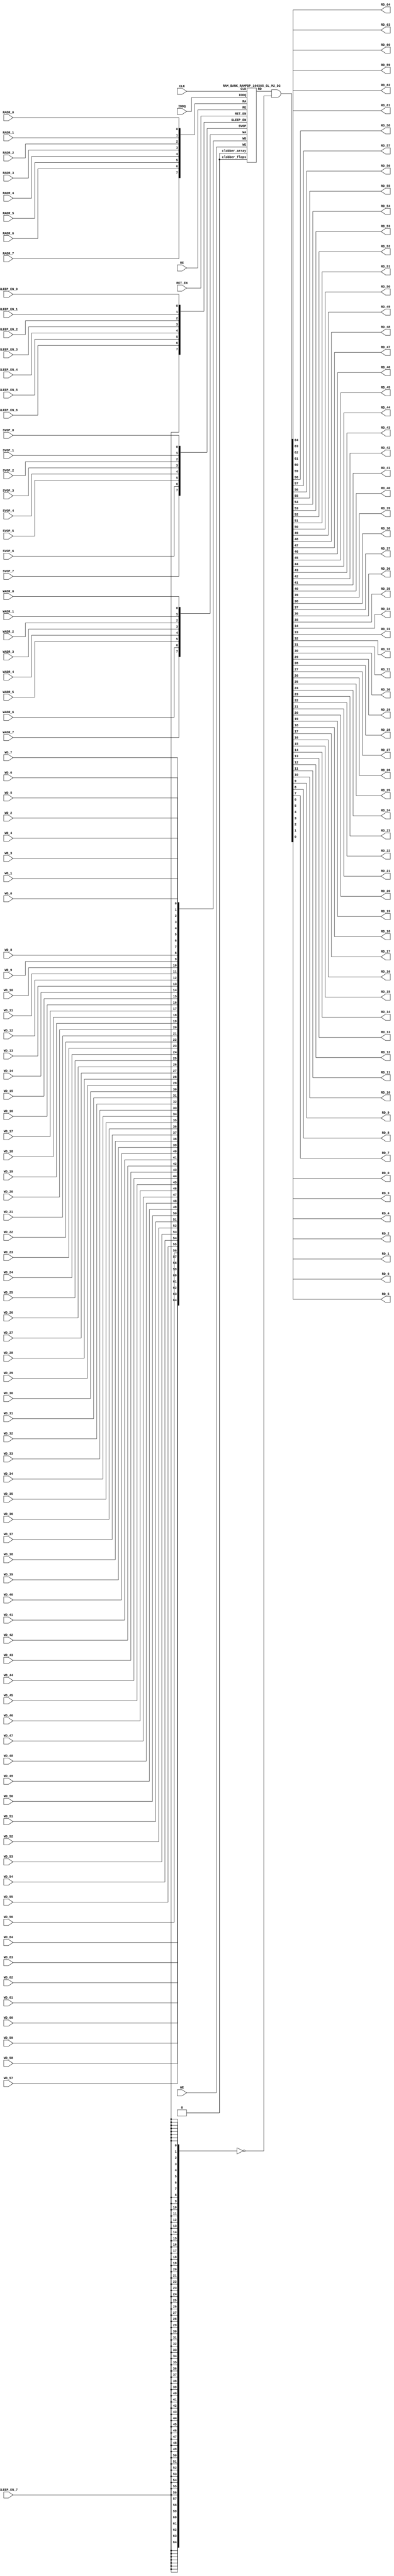
// ================================================================
// NVDLA Open Source Project
// 
// Copyright(c) 2016 - 2017 NVIDIA Corporation.  Licensed under the
// NVDLA Open Hardware License; Check "LICENSE" which comes with 
// this distribution for more information.
// ================================================================


`ifdef EMULATION
	`define SYNTHESIS
`endif

`ifndef SYNTHESIS
	`ifdef FAULT_INJECTION
		`define SIM_and_FAULT
	`endif
`endif

`ifndef SYNTHESIS
	`ifdef MONITOR
		`define SIM_and_MONITOR
	`endif
`endif


`ifndef SYNTHESIS 
`timescale 10ps/1ps
`endif 
`celldefine
module RAMPDP_160X65_GL_M2_D2 (  WE,  CLK, IDDQ, SVOP_0, SVOP_1, SVOP_2, SVOP_3, SVOP_4, SVOP_5, SVOP_6, SVOP_7 
,WD_64, WD_63, WD_62, WD_61, WD_60, WD_59, WD_58, WD_57, WD_56, WD_55, WD_54, WD_53, WD_52, WD_51, WD_50, WD_49, WD_48, WD_47, WD_46, WD_45, WD_44, WD_43, WD_42, WD_41, WD_40, WD_39, WD_38, WD_37, WD_36, WD_35, WD_34, WD_33, WD_32, WD_31, WD_30, WD_29, WD_28, WD_27, WD_26, WD_25, WD_24, WD_23, WD_22, WD_21, WD_20, WD_19, WD_18, WD_17, WD_16, WD_15, WD_14, WD_13, WD_12, WD_11, WD_10, WD_9, WD_8, WD_7, WD_6, WD_5, WD_4, WD_3, WD_2, WD_1, WD_0,RD_64, RD_63, RD_62, RD_61, RD_60, RD_59, RD_58, RD_57, RD_56, RD_55, RD_54, RD_53, RD_52, RD_51, RD_50, RD_49, RD_48, RD_47, RD_46, RD_45, RD_44, RD_43, RD_42, RD_41, RD_40, RD_39, RD_38, RD_37, RD_36, RD_35, RD_34, RD_33, RD_32, RD_31, RD_30, RD_29, RD_28, RD_27, RD_26, RD_25, RD_24, RD_23, RD_22, RD_21, RD_20, RD_19, RD_18, RD_17, RD_16, RD_15, RD_14, RD_13, RD_12, RD_11, RD_10, RD_9, RD_8, RD_7, RD_6, RD_5, RD_4, RD_3, RD_2, RD_1, RD_0, RE
, RADR_7, RADR_6, RADR_5, RADR_4, RADR_3, RADR_2, RADR_1, RADR_0, WADR_7, WADR_6, WADR_5, WADR_4, WADR_3, WADR_2, WADR_1, WADR_0, SLEEP_EN_7, SLEEP_EN_6, SLEEP_EN_5, SLEEP_EN_4, SLEEP_EN_3, SLEEP_EN_2, SLEEP_EN_1, SLEEP_EN_0, RET_EN
);

// nvProps NoBus SLEEP_EN_

`ifndef RAM_INTERFACE
`ifndef SYNTHESIS
// Physical ram size defined as localparam
parameter phy_rows = 80;
parameter phy_cols = 130;
parameter phy_rcols_pos = 130'b0000000000000000000000000000000000000000000000000000000000000000000000000000000000000000000000000000000000000000000000000000000000;

`endif //SYNTHESIS
`endif //RAM_INTERFACE

// Test mode control ports
input IDDQ;
// Clock port
input CLK;
// SVOP ports
input SVOP_0, SVOP_1, SVOP_2, SVOP_3, SVOP_4, SVOP_5, SVOP_6, SVOP_7;
// Write data ports
input WD_64, WD_63, WD_62, WD_61, WD_60, WD_59, WD_58, WD_57, WD_56, WD_55, WD_54, WD_53, WD_52, WD_51, WD_50, WD_49, WD_48, WD_47, WD_46, WD_45, WD_44, WD_43, WD_42, WD_41, WD_40, WD_39, WD_38, WD_37, WD_36, WD_35, WD_34, WD_33, WD_32, WD_31, WD_30, WD_29, WD_28, WD_27, WD_26, WD_25, WD_24, WD_23, WD_22, WD_21, WD_20, WD_19, WD_18, WD_17, WD_16, WD_15, WD_14, WD_13, WD_12, WD_11, WD_10, WD_9, WD_8, WD_7, WD_6, WD_5, WD_4, WD_3, WD_2, WD_1, WD_0;
// Read data ports
output RD_64, RD_63, RD_62, RD_61, RD_60, RD_59, RD_58, RD_57, RD_56, RD_55, RD_54, RD_53, RD_52, RD_51, RD_50, RD_49, RD_48, RD_47, RD_46, RD_45, RD_44, RD_43, RD_42, RD_41, RD_40, RD_39, RD_38, RD_37, RD_36, RD_35, RD_34, RD_33, RD_32, RD_31, RD_30, RD_29, RD_28, RD_27, RD_26, RD_25, RD_24, RD_23, RD_22, RD_21, RD_20, RD_19, RD_18, RD_17, RD_16, RD_15, RD_14, RD_13, RD_12, RD_11, RD_10, RD_9, RD_8, RD_7, RD_6, RD_5, RD_4, RD_3, RD_2, RD_1, RD_0;
// Read enable ports
input RE;
// Write enable ports
input WE;
// Read address ports
input RADR_7, RADR_6, RADR_5, RADR_4, RADR_3, RADR_2, RADR_1, RADR_0;
// Write address ports
input WADR_7, WADR_6, WADR_5, WADR_4, WADR_3, WADR_2, WADR_1, WADR_0;

// PG Zone enables
input SLEEP_EN_0, SLEEP_EN_1, SLEEP_EN_2, SLEEP_EN_3, SLEEP_EN_4, SLEEP_EN_5, SLEEP_EN_6, SLEEP_EN_7, RET_EN;

`ifndef RAM_INTERFACE
wire VDD = 1'b1;
wire GND  = 1'b0;

// Combine the sleep enable pins into one bus
	wire [7:0] SLEEP_EN = {SLEEP_EN_7, SLEEP_EN_6, SLEEP_EN_5, SLEEP_EN_4, SLEEP_EN_3, SLEEP_EN_2, SLEEP_EN_1, SLEEP_EN_0};

// Signal to clamp the outputs when the VDD is power gated off.
	wire clamp_rd   = SLEEP_EN[7] ;

// State point clobering signals
// X-out state points when their power goes out
    wire clobber_x;
`ifndef SYNTHESIS
`ifdef DISABLE_REPAIR_X
    wire check_x = (RET_EN ^ (^SLEEP_EN[7:0]) ^  SVOP_0 ^ SVOP_1 ^ SVOP_2 ^ SVOP_3 ^ SVOP_4 ^ SVOP_5 ^ SVOP_6 ^ SVOP_7);
`else 
    wire check_x = (RET_EN ^ (^SLEEP_EN[7:0]) ^  SVOP_0 ^ SVOP_1 ^ SVOP_2 ^ SVOP_3 ^ SVOP_4 ^ SVOP_5 ^ SVOP_6 ^ SVOP_7 );
`endif 
    assign clobber_x = ((check_x === 1'bx) || (check_x === 1'bz))?1'b1:1'b0;
 
    wire clobber_array = (~RET_EN & (|SLEEP_EN[3:0]))  | clobber_x;
    wire clobber_flops = (|SLEEP_EN[7:4]) | clobber_x ;
`else //SYNTHESIS
    wire clobber_array = 1'b0;
    wire clobber_flops = 1'b0;
    assign clobber_x = 1'b0;
`endif //SYNTHESIS 

// Output valid signal
// Outputs are unknown in non-retention mode if VDDM is powered up , but VDD is not 
    wire outvalid;
	assign outvalid = ~(clobber_x | (~RET_EN & (|SLEEP_EN[3:0]) & (|(~SLEEP_EN[7:4]))));


//assemble & rename wires
// Extend the MSB's of the read/write addresses to cover all the flop inputs
// The number of address flops is fixed. Also combine all the individual *_* bits into one bus
	wire [7:0] RA = {RADR_7, RADR_6, RADR_5, RADR_4, RADR_3, RADR_2, RADR_1, RADR_0};
	wire [7:0] WA = {WADR_7, WADR_6, WADR_5, WADR_4, WADR_3, WADR_2, WADR_1, WADR_0};
// Combine all the write data input bits
	wire [64:0] WD = {WD_64, WD_63, WD_62, WD_61, WD_60, WD_59, WD_58, WD_57, WD_56, WD_55, WD_54, WD_53, WD_52, WD_51, WD_50, WD_49, WD_48, WD_47, WD_46, WD_45, WD_44, WD_43, WD_42, WD_41, WD_40, WD_39, WD_38, WD_37, WD_36, WD_35, WD_34, WD_33, WD_32, WD_31, WD_30, WD_29, WD_28, WD_27, WD_26, WD_25, WD_24, WD_23, WD_22, WD_21, WD_20, WD_19, WD_18, WD_17, WD_16, WD_15, WD_14, WD_13, WD_12, WD_11, WD_10, WD_9, WD_8, WD_7, WD_6, WD_5, WD_4, WD_3, WD_2, WD_1, WD_0};
	wire [64:0] RD;
// Expand the read data bus into individual output bits
//	assign {RD_64, RD_63, RD_62, RD_61, RD_60, RD_59, RD_58, RD_57, RD_56, RD_55, RD_54, RD_53, RD_52, RD_51, RD_50, RD_49, RD_48, RD_47, RD_46, RD_45, RD_44, RD_43, RD_42, RD_41, RD_40, RD_39, RD_38, RD_37, RD_36, RD_35, RD_34, RD_33, RD_32, RD_31, RD_30, RD_29, RD_28, RD_27, RD_26, RD_25, RD_24, RD_23, RD_22, RD_21, RD_20, RD_19, RD_18, RD_17, RD_16, RD_15, RD_14, RD_13, RD_12, RD_11, RD_10, RD_9, RD_8, RD_7, RD_6, RD_5, RD_4, RD_3, RD_2, RD_1, RD_0} = (outvalid) ? RD : 65'bx;
// Do the read data swizzing based on the number of words and bits. 
`ifndef SYNTHESIS
	assign {RD_64, RD_63, RD_62, RD_61, RD_60, RD_59, RD_58, RD_57, RD_56, RD_55, RD_54, RD_53, RD_52, RD_51, RD_50, RD_49, RD_48, RD_47, RD_46, RD_45, RD_44, RD_43, RD_42, RD_41, RD_40, RD_39, RD_38, RD_37, RD_36, RD_35, RD_34, RD_33, RD_32, RD_31, RD_30, RD_29, RD_28, RD_27, RD_26, RD_25, RD_24, RD_23, RD_22, RD_21, RD_20, RD_19, RD_18, RD_17, RD_16, RD_15, RD_14, RD_13, RD_12, RD_11, RD_10, RD_9, RD_8, RD_7, RD_6, RD_5, RD_4, RD_3, RD_2, RD_1, RD_0} = (outvalid) ? RD & ~{65{clamp_rd}} : 65'bx;
`else
	assign {RD_64, RD_63, RD_62, RD_61, RD_60, RD_59, RD_58, RD_57, RD_56, RD_55, RD_54, RD_53, RD_52, RD_51, RD_50, RD_49, RD_48, RD_47, RD_46, RD_45, RD_44, RD_43, RD_42, RD_41, RD_40, RD_39, RD_38, RD_37, RD_36, RD_35, RD_34, RD_33, RD_32, RD_31, RD_30, RD_29, RD_28, RD_27, RD_26, RD_25, RD_24, RD_23, RD_22, RD_21, RD_20, RD_19, RD_18, RD_17, RD_16, RD_15, RD_14, RD_13, RD_12, RD_11, RD_10, RD_9, RD_8, RD_7, RD_6, RD_5, RD_4, RD_3, RD_2, RD_1, RD_0} =  RD & ~{65{clamp_rd}};
`endif
	wire [7:0] SVOP = {SVOP_7, SVOP_6, SVOP_5, SVOP_4, SVOP_3, SVOP_2, SVOP_1, SVOP_0};


`ifndef EMULATION

// Instantiate memory bank
// This block defines the core functionality of the rams.
	RAM_BANK_RAMPDP_160X65_GL_M2_D2 ITOP ( WE, CLK, IDDQ, SVOP, WD, RD, RE, RA, WA
, SLEEP_EN
,  RET_EN, clobber_array , clobber_flops 
);

`ifndef SYNTHESIS 
// Tasks for initializing the arrays
//VCS coverage off    
always  @(clobber_array) begin : clobber_array_block
    integer i;
    if (clobber_array) begin
	    for (i=0; i<160; i=i+1) begin
		     mem_wr_raw(i, {65{1'bx}});
		end
    end
end


always  @(clobber_flops) begin
  if (clobber_flops) begin
      ITOP.RE_LATB <= 1'bx;
      ITOP.RE_FF <= 1'bx;
      ITOP.WE_LATB <= 1'bx;
      ITOP.WE_FF <= 1'bx;
      ITOP.RADR <= 8'bx;
      ITOP.WADR <= 8'bx;
      ITOP.WAFF <= 8'bx;
      ITOP.WDQ_pr <= 65'bx;
      ITOP.dout <= 65'bx;
  end
end  
//VCS coverage on    

//VCS coverage off    
task mem_wr_raw;
  input [7:0] addr;
  input [64:0] data;
  begin
    if (addr[0] == 1'b0) 
        ITOP.iow0.mem_wr_raw_subbank(addr[7:1], data);
    else if (addr[0] == 1'b1)
        ITOP.iow1.mem_wr_raw_subbank(addr[7:1], data);
  end
endtask

// Ramgen function for writing the arrays 
task mem_write;
  input [7:0] addr;
  input [64:0] data;
  begin
    ITOP.mem_write_bank(addr,data);
  end
endtask

// Ramgen function for reading the arrays 
function [64:0] mem_read;
input [7:0] addr;
  begin
        mem_read = ITOP.mem_read_bank(addr);
  end
endfunction


// Random only generates 32 bit value.
// If nbits > 32, call it multiple times
// Old random fill fills all memory locations with same random value


task mem_fill_random;
	reg [64:0] val;
	integer i;
	begin
		for (i=0; i<160; i=i+1) begin
		    val = {$random, $random, $random};
		    mem_wr_raw(i, val);
		end
	end 
endtask

// Fill the memory with a given bit value 
task mem_fill_value;
    input fill_bit;
	reg [64:0] val;
    integer i;
    begin
        val = {65{fill_bit}};
        for (i=0; i<160; i=i+1) begin
		    mem_wr_raw(i, val);
        end
    end
endtask 

// read logical address and feed into salat
task force_rd;
input [7:0] addr;
	reg [64:0] rd;

	`ifdef USE_RAMINIT_LIBS
	reg raminit_active, raminit_argcheck, raminit_debug, raminit_enable, raminit_random, raminit_invert,
	    raminit_val, raminit_waitclock, raminit_use_force;
	real raminit_delay_ns, raminit_waitclock_check_ns;
	initial
	begin
	  raminit_active    = 0; // default is inactive (plusarg to active the ram init functionality)
	  raminit_argcheck  = 0; // default is no plusargs check (apart from raminit_active and raminit_argcheck)
	  raminit_debug     = 0; // default is no debug messages
	  raminit_enable    = 0; // default is no init (variable indicating if the ram init functionality is enabled for this instance)
	  raminit_random    = 0; // default is no random init
	  raminit_invert    = 0; // default is not to invert the init value
	  raminit_val       = 0; // default init value is zero
	  raminit_waitclock = 0; // default is not to wait to clock to be non-X
	  raminit_use_force = 1; // default is to use force/release
	  raminit_delay_ns           = `ifdef NV_TOP_RESET_ON_DELAY  (`NV_TOP_RESET_ON_DELAY+2) `else 3 `endif; // default is 2ns after nv_top_reset_ goes low or ram clock is not X
	  raminit_waitclock_check_ns = `ifdef NV_TOP_RESET_OFF_DELAY (`NV_TOP_RESET_OFF_DELAY)  `else 0 `endif; // default is when nv_top_reset_ goes high
	  $value$plusargs("raminit_active=%d",    raminit_active);
	  $value$plusargs("raminit_argcheck=%d",  raminit_argcheck);
	  if (raminit_argcheck)
	  begin
	    // The following variables are not usually used as plusargs, but instead set through add_inst_array calls or the init_inst_file.
	    $value$plusargs("raminit_debug=%d",              raminit_debug);
	    $value$plusargs("raminit_enable=%d",             raminit_enable);
	    $value$plusargs("raminit_random=%d",             raminit_random);
	    $value$plusargs("raminit_invert=%d",             raminit_invert);
	    $value$plusargs("raminit_val=%d",                raminit_val);
	    $value$plusargs("raminit_waitclock=%d",          raminit_waitclock);
	    $value$plusargs("raminit_delay_ns=%f",           raminit_delay_ns);
	    $value$plusargs("raminit_waitclock_check_ns=%f", raminit_waitclock_check_ns);
	    $value$plusargs("raminit_use_force=%d",          raminit_use_force);
	  end
	  `ifdef INST_CHECK
	  `INST_CHECK(ram_inst_check0,raminit_active,raminit_debug,raminit_enable,raminit_random,raminit_val,raminit_invert,raminit_waitclock,raminit_delay_ns,raminit_waitclock_check_ns);
	  `endif
	  if (!raminit_active)  raminit_enable = 0;
	  else if (raminit_enable)
	  begin
	    if (raminit_random) raminit_val = `ifdef NO_PLI 1'b0 `else $RollPLI(0,1) `endif;
	    if (raminit_invert) raminit_val = ~raminit_val;
	  end
	  if (raminit_debug)
	  begin
	    $display("%m: raminit_active              = %d", raminit_active);
	    $display("%m: raminit_argcheck            = %d", raminit_argcheck);
	    $display("%m: raminit_debug               = %d", raminit_debug);
	    $display("%m: raminit_enable              = %d", raminit_enable);
	    $display("%m: raminit_random              = %d", raminit_random);
	    $display("%m: raminit_invert              = %d", raminit_invert);
	    $display("%m: raminit_val                 = %d", raminit_val);
	    $display("%m: raminit_waitclock           = %d", raminit_waitclock);
	    $display("%m: raminit_delay_ns            = %f ns", raminit_delay_ns);
	    $display("%m: raminit_waitclock_check_ns  = %f ns", raminit_waitclock_check_ns);
	    $display("%m: raminit_use_force           = %d", raminit_use_force);
	  end
	end
	`endif

	`ifdef USE_RAMINIT_LIBS
	// init rd
	task init_rd_regs;
	begin
	  #0; // wait for raminit variables to be set
	  if (raminit_enable)
	  begin : raminit_val_blk
	    reg [65-1:0] raminit_fullval;
	    if (raminit_random)  raminit_fullval = `ifdef NO_PLI {65 {1'b1}} `else { $RollPLI(0,{32{1'b1}}), $RollPLI(0,{32{1'b1}}), $RollPLI(0,{1{1'b1}}) } `endif ;
	    else                 raminit_fullval = {65 {raminit_val}};
	    if (raminit_invert)  raminit_fullval = ~raminit_fullval;
	    if (raminit_use_force)  force rd = raminit_fullval;
	    if (raminit_waitclock)  wait ( !== 1'bx);
	    #(raminit_delay_ns*100);
	    `ifdef INST_WAITCLOCK_CHECK
	    `INST_WAITCLOCK_CHECK(waitclock_inst_check0,raminit_waitclock,raminit_waitclock_check_ns,100)
	    `endif
	    if (raminit_use_force)  release rd;
	    rd = raminit_fullval;
	  end
	end
	endtask
	initial begin init_rd_regs();  end
	`ifdef RAMINIT_TRIGGER
	always @(`RAMINIT_TRIGGER)  init_rd_regs();
	`endif
	`endif // `ifdef USE_RAMINIT_LIBS

	begin
        if (addr[0] == 1'b0) 
            rd = ITOP.iow0.mem_read_raw_subbank(addr[7:1]);
        else if (addr[0] == 1'b1)
            rd = ITOP.iow1.mem_read_raw_subbank(addr[7:1]);
		ITOP.dout = rd;
	end
endtask

`ifdef MEM_PHYS_INFO
//function for physical array read row, takes physical address
function [129:0] mem_phys_read_padr;
input [6:0] addr;
	reg [129:0] rd_row;

	`ifdef USE_RAMINIT_LIBS
	// init rd_row
	task init_rd_row_regs;
	begin
	  #0; // wait for raminit variables to be set
	  if (raminit_enable)
	  begin : raminit_val_blk
	    reg [130-1:0] raminit_fullval;
	    if (raminit_random)  raminit_fullval = `ifdef NO_PLI {130 {1'b1}} `else { $RollPLI(0,{32{1'b1}}), $RollPLI(0,{32{1'b1}}), $RollPLI(0,{32{1'b1}}), $RollPLI(0,{32{1'b1}}), $RollPLI(0,{2{1'b1}}) } `endif ;
	    else                 raminit_fullval = {130 {raminit_val}};
	    if (raminit_invert)  raminit_fullval = ~raminit_fullval;
	    if (raminit_use_force)  force rd_row = raminit_fullval;
	    if (raminit_waitclock)  wait ( !== 1'bx);
	    #(raminit_delay_ns*100);
	    `ifdef INST_WAITCLOCK_CHECK
	    `INST_WAITCLOCK_CHECK(waitclock_inst_check1,raminit_waitclock,raminit_waitclock_check_ns,100)
	    `endif
	    if (raminit_use_force)  release rd_row;
	    rd_row = raminit_fullval;
	  end
	end
	endtask
	initial begin init_rd_row_regs();  end
	`ifdef RAMINIT_TRIGGER
	always @(`RAMINIT_TRIGGER)  init_rd_row_regs();
	`endif
	`endif // `ifdef USE_RAMINIT_LIBS

	reg [64:0] rd[1:0];
	integer i;
	begin
        rd[0] = ITOP.iow0.mem_read_raw_subbank(addr);
        rd[1] = ITOP.iow1.mem_read_raw_subbank(addr);
        for (i=0; i<=64; i=i+1) begin
            rd_row[i*2+0] = rd[0][i];
            rd_row[i*2+1] = rd[1][i];
		end
		mem_phys_read_padr = rd_row;
	end
endfunction

//function for physical array read row, takes logical address
function [129:0] mem_phys_read_ladr;
input [7:0] addr;
    reg [6:0] paddr;
	reg [129:0] rd_row;

	`ifdef USE_RAMINIT_LIBS
	// init rd_row
	task init_rd_row_regs;
	begin
	  #0; // wait for raminit variables to be set
	  if (raminit_enable)
	  begin : raminit_val_blk
	    reg [130-1:0] raminit_fullval;
	    if (raminit_random)  raminit_fullval = `ifdef NO_PLI {130 {1'b1}} `else { $RollPLI(0,{32{1'b1}}), $RollPLI(0,{32{1'b1}}), $RollPLI(0,{32{1'b1}}), $RollPLI(0,{32{1'b1}}), $RollPLI(0,{2{1'b1}}) } `endif ;
	    else                 raminit_fullval = {130 {raminit_val}};
	    if (raminit_invert)  raminit_fullval = ~raminit_fullval;
	    if (raminit_use_force)  force rd_row = raminit_fullval;
	    if (raminit_waitclock)  wait ( !== 1'bx);
	    #(raminit_delay_ns*100);
	    `ifdef INST_WAITCLOCK_CHECK
	    `INST_WAITCLOCK_CHECK(waitclock_inst_check2,raminit_waitclock,raminit_waitclock_check_ns,100)
	    `endif
	    if (raminit_use_force)  release rd_row;
	    rd_row = raminit_fullval;
	  end
	end
	endtask
	initial begin init_rd_row_regs();  end
	`ifdef RAMINIT_TRIGGER
	always @(`RAMINIT_TRIGGER)  init_rd_row_regs();
	`endif
	`endif // `ifdef USE_RAMINIT_LIBS

	reg [64:0] rd[1:0];
	integer i;
	begin
        paddr = (addr >> 1);
        rd[0] = ITOP.iow0.mem_read_raw_subbank(paddr);
        rd[1] = ITOP.iow1.mem_read_raw_subbank(paddr);
        for (i=0; i<=64; i=i+1) begin
            rd_row[i*2+0] = rd[0][i];
            rd_row[i*2+1] = rd[1][i];
		end
		mem_phys_read_ladr = rd_row;
	end
endfunction


//function for physical array read row with column masking, takes logical address
function [129:0] mem_phys_read_pmasked;
input [7:0] addr;
   reg [129:0] rd_row;

   `ifdef USE_RAMINIT_LIBS
   // init rd_row
   task init_rd_row_regs;
   begin
     #0; // wait for raminit variables to be set
     if (raminit_enable)
     begin : raminit_val_blk
       reg [130-1:0] raminit_fullval;
       if (raminit_random)  raminit_fullval = `ifdef NO_PLI {130 {1'b1}} `else { $RollPLI(0,{32{1'b1}}), $RollPLI(0,{32{1'b1}}), $RollPLI(0,{32{1'b1}}), $RollPLI(0,{32{1'b1}}), $RollPLI(0,{2{1'b1}}) } `endif ;
       else                 raminit_fullval = {130 {raminit_val}};
       if (raminit_invert)  raminit_fullval = ~raminit_fullval;
       if (raminit_use_force)  force rd_row = raminit_fullval;
       if (raminit_waitclock)  wait ( !== 1'bx);
       #(raminit_delay_ns*100);
       `ifdef INST_WAITCLOCK_CHECK
       `INST_WAITCLOCK_CHECK(waitclock_inst_check3,raminit_waitclock,raminit_waitclock_check_ns,100)
       `endif
       if (raminit_use_force)  release rd_row;
       rd_row = raminit_fullval;
     end
   end
   endtask
   initial begin init_rd_row_regs();  end
   `ifdef RAMINIT_TRIGGER
   always @(`RAMINIT_TRIGGER)  init_rd_row_regs();
   `endif
   `endif // `ifdef USE_RAMINIT_LIBS

   reg [64:0] rd[1 : 0];
   integer i;
   begin
        rd[0] = (addr[0:0] === 0) ? ITOP.iow0.mem_read_raw_subbank(addr[7:1]) : 65'bx;
        rd[1] = (addr[0:0] === 1) ? ITOP.iow1.mem_read_raw_subbank(addr[7:1]) : 65'bx;
        for (i=0; i<=64; i=i+1) begin
            rd_row[i*2+0] = rd[0][i];
            rd_row[i*2+1] = rd[1][i];
        end
        mem_phys_read_pmasked = rd_row;
    end
endfunction

//Task for physical array write row, takes physical address
task mem_phys_write;
input [6:0] addr;
input [129:0] data;
	reg [64:0] wr[1:0];
	integer i;
	begin
        for (i=0; i<=64; i=i+1) begin
            wr[0][i] = data[i*2+0];
            wr[1][i] = data[i*2+1];
		end
        ITOP.iow0.mem_wr_raw_subbank(addr,wr[0]);
        ITOP.iow1.mem_wr_raw_subbank(addr,wr[1]);
	end
endtask

// Function to return a physical address given a logical address input.
function [6:0] mem_log_to_phys_adr;
input [7:0] addr;
    begin
        mem_log_to_phys_adr = (addr >> 1) ; 
    end
endfunction 
`endif //MEM_PHYS_INFO

`ifdef MONITOR
// Monitor dump trigger
reg dump_monitor_result;

initial begin : init_monitor
  dump_monitor_result = 1'b0;
end

task monitor_on;
    begin
		ITOP.iow0.monitor_on = 1'b1;
		ITOP.iow1.monitor_on = 1'b1;
   end
endtask

task monitor_off;
    begin
		ITOP.iow0.monitor_on = 1'b0;
		ITOP.iow1.monitor_on = 1'b0;
        dump_monitor_result = 1'b1;
    end
endtask

// read bit_written monitor row by physical address from subarray
function [129:0] mon_bit_w;
input [6:0] addr;
	reg [129:0] mon_row;
	reg [64:0] mon_word[1:0];
	integer i;
	begin
		// read all monitor words for a row
		mon_word[0] = ITOP.iow0.bit_written[addr];
		mon_word[1] = ITOP.iow1.bit_written[addr];
		// combine all 2 words to a row
		for (i=0; i<=64; i=i+1) begin
			mon_row[i*2+0] = mon_word[0][i];
			mon_row[i*2+1] = mon_word[1][i];
		end
		mon_bit_w = mon_row;
	end
endfunction

// read bit_read monitor word by address from subarray
function [129:0] mon_bit_r;
input [6:0] addr;
	reg [129:0] mon_row;
	reg [64:0] mon_word[1:0];
	integer i;
	begin
		// read all monitor words for a row
		mon_word[0] = ITOP.iow0.bit_read[addr];
		mon_word[1] = ITOP.iow1.bit_read[addr];
		// combine all 2 words to a row
		for (i=0; i<=64; i=i+1) begin
			mon_row[i*2+0] = mon_word[0][i];
			mon_row[i*2+1] = mon_word[1][i];
		end
		mon_bit_r = mon_row;
	end
endfunction

// read word_written monitor row by physical address from subarray
function  mon_word_w;
input [6:0] addr;
	reg mon_word[1:0];
	integer i;
	begin
		// read all monitor words for a row
		mon_word[0] = ITOP.iow0.word_written[addr];
		mon_word[1] = ITOP.iow1.word_written[addr];
		// combine all 2 words to a row
		mon_word_w = mon_word[0] | mon_word[1] ;
	end
endfunction

// read word_read monitor row by physical address from subarray
function  mon_word_r;
input [6:0] addr;
	reg mon_word[1:0];
	integer i;
	begin
		// read all monitor words for a row
		mon_word[0] = ITOP.iow0.word_read[addr];
		mon_word[1] = ITOP.iow1.word_read[addr];
		// combine all 2 words to a row
		mon_word_r = mon_word[0] | mon_word[1] ;
	end
endfunction

always @(dump_monitor_result) begin : dump_monitor
	integer i;
	integer j;
	reg [129:0] tmp_row;
    reg tmp_bit;
	if (dump_monitor_result == 1'b1) begin
	    $display("Exercised coverage summary:");
        $display("\t%m rows unwritten:");
        for(i=0;i<=80;i=i+1) begin
			tmp_bit = mon_word_w(i);
            if (tmp_bit !== 1) $display("\t\trow %d", i);
		end
        $display("\t%m rows unread:");
        for(i=0;i<=80;i=i+1) begin
			tmp_bit = mon_word_r(i);
            if (tmp_bit !== 1) $display("\t\trow %d", i);
		end
		$display("\t%m bits not written as 0:");
		for (i=0; i<80; i=i+1) begin
			tmp_row = mon_bit_w(i);
			for (j=0; j<130; j=j+1) begin
				if (tmp_row[j] !== 1'b0 && tmp_row[j] !== 1'bz) $display("\t\t[row,bit] [%d,%d]", i, j);
			end
		end
		$display("\t%m bits not written as 1:");
		for (i=0; i<80; i=i+1) begin
			tmp_row = mon_bit_w(i);
			for (j=0; j<130; j=j+1) begin
				if (tmp_row[j] !== 1'b1 && tmp_row[j] !== 1'bz) $display("\t\t[row,bit] [%d,%d]", i, j);
			end
		end
		$display("\t%m bits not read as 0:");
		for (i=0; i<80; i=i+1) begin
			tmp_row = mon_bit_r(i);
			for (j=0; j<130; j=j+1) begin
				if (tmp_row[j] !== 1'b0 && tmp_row[j] !== 1'bz) $display("\t\t[row,bit] [%d,%d]", i, j);
			end
		end
		$display("\t%m bits not read as 1:");
		for (i=0; i<80; i=i+1) begin
			tmp_row = mon_bit_r(i);
			for (j=0; j<130; j=j+1) begin
				if (tmp_row[j] !== 1'b1 && tmp_row[j] !== 1'bz) $display("\t\t[row,bit] [%d,%d]", i, j);
			end
		end
		dump_monitor_result = 1'b0;
	end
end

//VCS coverage on    
`endif // MONITOR

`ifdef NV_RAM_EXPAND_ARRAY
wire [64:0] Q_0 = ITOP.iow0.arr[0];
wire [64:0] Q_1 = ITOP.iow1.arr[0];
wire [64:0] Q_2 = ITOP.iow0.arr[1];
wire [64:0] Q_3 = ITOP.iow1.arr[1];
wire [64:0] Q_4 = ITOP.iow0.arr[2];
wire [64:0] Q_5 = ITOP.iow1.arr[2];
wire [64:0] Q_6 = ITOP.iow0.arr[3];
wire [64:0] Q_7 = ITOP.iow1.arr[3];
wire [64:0] Q_8 = ITOP.iow0.arr[4];
wire [64:0] Q_9 = ITOP.iow1.arr[4];
wire [64:0] Q_10 = ITOP.iow0.arr[5];
wire [64:0] Q_11 = ITOP.iow1.arr[5];
wire [64:0] Q_12 = ITOP.iow0.arr[6];
wire [64:0] Q_13 = ITOP.iow1.arr[6];
wire [64:0] Q_14 = ITOP.iow0.arr[7];
wire [64:0] Q_15 = ITOP.iow1.arr[7];
wire [64:0] Q_16 = ITOP.iow0.arr[8];
wire [64:0] Q_17 = ITOP.iow1.arr[8];
wire [64:0] Q_18 = ITOP.iow0.arr[9];
wire [64:0] Q_19 = ITOP.iow1.arr[9];
wire [64:0] Q_20 = ITOP.iow0.arr[10];
wire [64:0] Q_21 = ITOP.iow1.arr[10];
wire [64:0] Q_22 = ITOP.iow0.arr[11];
wire [64:0] Q_23 = ITOP.iow1.arr[11];
wire [64:0] Q_24 = ITOP.iow0.arr[12];
wire [64:0] Q_25 = ITOP.iow1.arr[12];
wire [64:0] Q_26 = ITOP.iow0.arr[13];
wire [64:0] Q_27 = ITOP.iow1.arr[13];
wire [64:0] Q_28 = ITOP.iow0.arr[14];
wire [64:0] Q_29 = ITOP.iow1.arr[14];
wire [64:0] Q_30 = ITOP.iow0.arr[15];
wire [64:0] Q_31 = ITOP.iow1.arr[15];
wire [64:0] Q_32 = ITOP.iow0.arr[16];
wire [64:0] Q_33 = ITOP.iow1.arr[16];
wire [64:0] Q_34 = ITOP.iow0.arr[17];
wire [64:0] Q_35 = ITOP.iow1.arr[17];
wire [64:0] Q_36 = ITOP.iow0.arr[18];
wire [64:0] Q_37 = ITOP.iow1.arr[18];
wire [64:0] Q_38 = ITOP.iow0.arr[19];
wire [64:0] Q_39 = ITOP.iow1.arr[19];
wire [64:0] Q_40 = ITOP.iow0.arr[20];
wire [64:0] Q_41 = ITOP.iow1.arr[20];
wire [64:0] Q_42 = ITOP.iow0.arr[21];
wire [64:0] Q_43 = ITOP.iow1.arr[21];
wire [64:0] Q_44 = ITOP.iow0.arr[22];
wire [64:0] Q_45 = ITOP.iow1.arr[22];
wire [64:0] Q_46 = ITOP.iow0.arr[23];
wire [64:0] Q_47 = ITOP.iow1.arr[23];
wire [64:0] Q_48 = ITOP.iow0.arr[24];
wire [64:0] Q_49 = ITOP.iow1.arr[24];
wire [64:0] Q_50 = ITOP.iow0.arr[25];
wire [64:0] Q_51 = ITOP.iow1.arr[25];
wire [64:0] Q_52 = ITOP.iow0.arr[26];
wire [64:0] Q_53 = ITOP.iow1.arr[26];
wire [64:0] Q_54 = ITOP.iow0.arr[27];
wire [64:0] Q_55 = ITOP.iow1.arr[27];
wire [64:0] Q_56 = ITOP.iow0.arr[28];
wire [64:0] Q_57 = ITOP.iow1.arr[28];
wire [64:0] Q_58 = ITOP.iow0.arr[29];
wire [64:0] Q_59 = ITOP.iow1.arr[29];
wire [64:0] Q_60 = ITOP.iow0.arr[30];
wire [64:0] Q_61 = ITOP.iow1.arr[30];
wire [64:0] Q_62 = ITOP.iow0.arr[31];
wire [64:0] Q_63 = ITOP.iow1.arr[31];
wire [64:0] Q_64 = ITOP.iow0.arr[32];
wire [64:0] Q_65 = ITOP.iow1.arr[32];
wire [64:0] Q_66 = ITOP.iow0.arr[33];
wire [64:0] Q_67 = ITOP.iow1.arr[33];
wire [64:0] Q_68 = ITOP.iow0.arr[34];
wire [64:0] Q_69 = ITOP.iow1.arr[34];
wire [64:0] Q_70 = ITOP.iow0.arr[35];
wire [64:0] Q_71 = ITOP.iow1.arr[35];
wire [64:0] Q_72 = ITOP.iow0.arr[36];
wire [64:0] Q_73 = ITOP.iow1.arr[36];
wire [64:0] Q_74 = ITOP.iow0.arr[37];
wire [64:0] Q_75 = ITOP.iow1.arr[37];
wire [64:0] Q_76 = ITOP.iow0.arr[38];
wire [64:0] Q_77 = ITOP.iow1.arr[38];
wire [64:0] Q_78 = ITOP.iow0.arr[39];
wire [64:0] Q_79 = ITOP.iow1.arr[39];
wire [64:0] Q_80 = ITOP.iow0.arr[40];
wire [64:0] Q_81 = ITOP.iow1.arr[40];
wire [64:0] Q_82 = ITOP.iow0.arr[41];
wire [64:0] Q_83 = ITOP.iow1.arr[41];
wire [64:0] Q_84 = ITOP.iow0.arr[42];
wire [64:0] Q_85 = ITOP.iow1.arr[42];
wire [64:0] Q_86 = ITOP.iow0.arr[43];
wire [64:0] Q_87 = ITOP.iow1.arr[43];
wire [64:0] Q_88 = ITOP.iow0.arr[44];
wire [64:0] Q_89 = ITOP.iow1.arr[44];
wire [64:0] Q_90 = ITOP.iow0.arr[45];
wire [64:0] Q_91 = ITOP.iow1.arr[45];
wire [64:0] Q_92 = ITOP.iow0.arr[46];
wire [64:0] Q_93 = ITOP.iow1.arr[46];
wire [64:0] Q_94 = ITOP.iow0.arr[47];
wire [64:0] Q_95 = ITOP.iow1.arr[47];
wire [64:0] Q_96 = ITOP.iow0.arr[48];
wire [64:0] Q_97 = ITOP.iow1.arr[48];
wire [64:0] Q_98 = ITOP.iow0.arr[49];
wire [64:0] Q_99 = ITOP.iow1.arr[49];
wire [64:0] Q_100 = ITOP.iow0.arr[50];
wire [64:0] Q_101 = ITOP.iow1.arr[50];
wire [64:0] Q_102 = ITOP.iow0.arr[51];
wire [64:0] Q_103 = ITOP.iow1.arr[51];
wire [64:0] Q_104 = ITOP.iow0.arr[52];
wire [64:0] Q_105 = ITOP.iow1.arr[52];
wire [64:0] Q_106 = ITOP.iow0.arr[53];
wire [64:0] Q_107 = ITOP.iow1.arr[53];
wire [64:0] Q_108 = ITOP.iow0.arr[54];
wire [64:0] Q_109 = ITOP.iow1.arr[54];
wire [64:0] Q_110 = ITOP.iow0.arr[55];
wire [64:0] Q_111 = ITOP.iow1.arr[55];
wire [64:0] Q_112 = ITOP.iow0.arr[56];
wire [64:0] Q_113 = ITOP.iow1.arr[56];
wire [64:0] Q_114 = ITOP.iow0.arr[57];
wire [64:0] Q_115 = ITOP.iow1.arr[57];
wire [64:0] Q_116 = ITOP.iow0.arr[58];
wire [64:0] Q_117 = ITOP.iow1.arr[58];
wire [64:0] Q_118 = ITOP.iow0.arr[59];
wire [64:0] Q_119 = ITOP.iow1.arr[59];
wire [64:0] Q_120 = ITOP.iow0.arr[60];
wire [64:0] Q_121 = ITOP.iow1.arr[60];
wire [64:0] Q_122 = ITOP.iow0.arr[61];
wire [64:0] Q_123 = ITOP.iow1.arr[61];
wire [64:0] Q_124 = ITOP.iow0.arr[62];
wire [64:0] Q_125 = ITOP.iow1.arr[62];
wire [64:0] Q_126 = ITOP.iow0.arr[63];
wire [64:0] Q_127 = ITOP.iow1.arr[63];
wire [64:0] Q_128 = ITOP.iow0.arr[64];
wire [64:0] Q_129 = ITOP.iow1.arr[64];
wire [64:0] Q_130 = ITOP.iow0.arr[65];
wire [64:0] Q_131 = ITOP.iow1.arr[65];
wire [64:0] Q_132 = ITOP.iow0.arr[66];
wire [64:0] Q_133 = ITOP.iow1.arr[66];
wire [64:0] Q_134 = ITOP.iow0.arr[67];
wire [64:0] Q_135 = ITOP.iow1.arr[67];
wire [64:0] Q_136 = ITOP.iow0.arr[68];
wire [64:0] Q_137 = ITOP.iow1.arr[68];
wire [64:0] Q_138 = ITOP.iow0.arr[69];
wire [64:0] Q_139 = ITOP.iow1.arr[69];
wire [64:0] Q_140 = ITOP.iow0.arr[70];
wire [64:0] Q_141 = ITOP.iow1.arr[70];
wire [64:0] Q_142 = ITOP.iow0.arr[71];
wire [64:0] Q_143 = ITOP.iow1.arr[71];
wire [64:0] Q_144 = ITOP.iow0.arr[72];
wire [64:0] Q_145 = ITOP.iow1.arr[72];
wire [64:0] Q_146 = ITOP.iow0.arr[73];
wire [64:0] Q_147 = ITOP.iow1.arr[73];
wire [64:0] Q_148 = ITOP.iow0.arr[74];
wire [64:0] Q_149 = ITOP.iow1.arr[74];
wire [64:0] Q_150 = ITOP.iow0.arr[75];
wire [64:0] Q_151 = ITOP.iow1.arr[75];
wire [64:0] Q_152 = ITOP.iow0.arr[76];
wire [64:0] Q_153 = ITOP.iow1.arr[76];
wire [64:0] Q_154 = ITOP.iow0.arr[77];
wire [64:0] Q_155 = ITOP.iow1.arr[77];
wire [64:0] Q_156 = ITOP.iow0.arr[78];
wire [64:0] Q_157 = ITOP.iow1.arr[78];
wire [64:0] Q_158 = ITOP.iow0.arr[79];
wire [64:0] Q_159 = ITOP.iow1.arr[79];
`endif //NV_RAM_EXPAND_ARRAY
`endif //SYNTHESIS

`ifdef FAULT_INJECTION
// BIST stuck at tasks
// induce faults on columns
//VCS coverage off    
task mem_fault_no_write;
input [64:0] fault_mask;
    begin
        ITOP.iow0.mem_fault_no_write_subbank(fault_mask);
        ITOP.iow1.mem_fault_no_write_subbank(fault_mask);
    end
endtask

task mem_fault_stuck_0;
input [64:0] fault_mask;
    begin
        ITOP.iow0.mem_fault_stuck_0_subbank(fault_mask);
        ITOP.iow1.mem_fault_stuck_0_subbank(fault_mask);
    end
endtask

task mem_fault_stuck_1;
input [64:0] fault_mask;
    begin
        ITOP.iow0.mem_fault_stuck_1_subbank(fault_mask);
        ITOP.iow1.mem_fault_stuck_1_subbank(fault_mask);
    end
endtask

task set_bit_fault_stuck_0;
input r;
input c;
integer r;
integer c;

  if ( (r % 2) == 0) 
    ITOP.iow0.set_bit_fault_stuck_0_subbank((r/2), c);
  else if  ( (r % 2) == 1)
    ITOP.iow1.set_bit_fault_stuck_0_subbank((r/2), c);

endtask

task set_bit_fault_stuck_1;
input r;
input c;
integer r;
integer c;
 
    if ( (r % 2) == 0) 
    ITOP.iow0.set_bit_fault_stuck_1_subbank((r/2), c);
  else if  ( (r % 2) == 1)
    ITOP.iow1.set_bit_fault_stuck_1_subbank((r/2), c);

endtask

task clear_bit_fault_stuck_0;
input r;
input c;
integer r;
integer c;

  if ( (r % 2) == 0) 
    ITOP.iow0.clear_bit_fault_stuck_0_subbank((r/2), c);
  else if  ( (r % 2) == 1)
    ITOP.iow1.clear_bit_fault_stuck_0_subbank((r/2), c);

endtask

task clear_bit_fault_stuck_1;
input r;
input c;
integer r;
integer c;

  if ( (r % 2) == 0) 
    ITOP.iow0.clear_bit_fault_stuck_1_subbank((r/2), c);
  else if  ( (r % 2) == 1)
    ITOP.iow1.clear_bit_fault_stuck_1_subbank((r/2), c);

endtask
//VCS coverage on    

`endif // STUCK
`else // EMULATION=1 
//VCS coverage off    
// The emulation model is a simple model which models only basic functionality and contains no test logic or redundancy.
// The model also uses flops wherever possible. Latches are avoided to help close timing on the emulator.
// The unused pins are left floating in the model.

// Register declarations
// enables 
    reg RE_FF,WE_FF,RE_LAT,WE_LAT;
// Addresses 
    reg [7:0] RAFF,WAFF;
// Data 
    reg [64:0] WD_FF;
    reg [64:0] RD_LAT;
 
// Latch the enables
//spyglass disable_block IntClock,W18 
    always @(*) begin 
        if (!CLK) begin
            RE_LAT <= RE; 
            WE_LAT <= WE; 
        end 
    end
//spyglass enable_block IntClock,W18 
            
// Flop the enables : RE/WE/RE_O
    always @(posedge CLK) begin
        RE_FF <= RE; //spyglass disable IntClock
        WE_FF <= WE; //spyglass disable IntClock
    end 

// Gated clock for the read/write operations 
    wire RECLK = CLK & RE_LAT; //spyglass disable GatedClock
    wire WECLK = CLK & WE_LAT; //spyglass disable GatedClock

// Flop the addresses/write data//mask 
    always @(posedge RECLK) 
        RAFF <= RA; //spyglass disable IntClock
    always @(posedge WECLK) begin 
        WAFF <= WA; //spyglass disable IntClock
        WD_FF <= WD; //spyglass disable IntClock
    end 



// Memory 
    reg [64:0] mem[159:0]; 

// write into the memory on negative edge of clock
   wire WRCLK = ~CLK & WE_FF ; //spyglass disable GatedClock
 
    always @(posedge WRCLK)
        mem[WAFF] <= WD_FF; //spyglass disable SYNTH_5130

// Read 
    wire [64:0] dout;
    assign dout = mem[RAFF]; //spyglass disable SYNTH_5130
    reg [64:0] dout_LAT;
    always @(RECLK or dout) 
        if (RECLK) 
            dout_LAT <= dout; //spyglass disable W18
    assign RD = dout_LAT;

`endif // EMULATION
//VCS coverage on    
`endif  // end RAM_INTERFACE
endmodule
`endcelldefine

`ifndef RAM_INTERFACE
`ifndef EMULATION

//memory bank block
module RAM_BANK_RAMPDP_160X65_GL_M2_D2 ( WE, CLK, IDDQ, SVOP, WD, RD, RE, RA, WA
, SLEEP_EN
, RET_EN , clobber_array , clobber_flops 
);

// Input/output port definitions
input  WE, CLK, IDDQ , RE;
input [7:0] SVOP;
input [64:0] WD;
input [7:0] RA, WA;
output [64:0] RD;
input [7:0] SLEEP_EN;

input RET_EN , clobber_array , clobber_flops ; 

// When there is no bypass requested, tie the internal bypass select to 0.
    wire RDBYP = 1'b0;
//Definitions of latches and flops in the design
// *_LAT --> Latched value
// *_LATB --> inverted latch value
// *_FF   --> Flopped version
	reg RE_LATB, RE_FF, WE_LATB, WE_FF;
	reg [7:0] RADR, WADR, WAFF;

    // For non-pipelined rams , capture_dis is disabled
    wire CAPT_DIS = 1'b0;

// Clamp the array access when IDDQ=1
	wire CLAMPB = ~IDDQ;
	wire latffclk = CLK;

// Latch and flop the primary control enables. This is on the unconditional clock.
// spyglass disable_block W18
	always @(*) begin
    // Latch part 
		if(!latffclk & !clobber_flops) begin
            RE_LATB     <= ~RE ;
            // Write Enable 
			WE_LATB     <= ~WE; // spyglass disable IntClock
		end // end if
	end // end always

	always @(*) begin
    // Flop part
		if (latffclk & !clobber_flops) begin
        // Flop outputs of the latches above
            WE_FF      <= ~WE_LATB;
			RE_FF      <= ~RE_LATB;
        end // end if
    end // end always
// spyglass enable_block W18
    
// Conditional clock generation.

// Write enable	and clock
// Clocks are generated when the write enable OR SE == 1 , but SHOLD == 0
    wire we_se   = ~WE_LATB;
	wire WRDCLK  = we_se & latffclk & !clobber_flops; // spyglass disable GatedClock
	wire WADRCLK = WRDCLK;

// Read enable and clock
// There is no SHOLD dependence on the read clocks because these are implemented using loopback flops
// Clocks are generated when the Read enable OR SE == 1
    wire re_se   = ~RE_LATB;
	wire RADRCLK =  re_se & latffclk ;

//  *** The model reads in A , writes in B ***
// Read clock to the memory is off the rising edge of clock
// CLk ==1 , when RE=1 or (SE=1 and SCRE=1) && (ACC_DIS == 1)
// SE=1 and SCRE=1 is needed to force known values into the latches for launch in testmodes.
	wire RECLK   = (~RE_LATB) & CLAMPB & !clobber_flops & !RET_EN & CLK;
// Writes are shifted to the low phase of the clock
// Flopped version of the enables are used to prevent glitches in the clock
// SCWI ==1 prevents writes into the memory
    wire WECLK   = WE_FF &  CLAMPB & !clobber_flops & !RET_EN & ~CLK;
	wire RWSEL   = WE_FF &  CLAMPB & ~CLK;



// Latch read addresses
// spyglass disable_block W18
	always @(*) begin
		if(!RADRCLK & !clobber_flops) begin
			RADR <= RA;
		end // end if
	end // end always


// Flop write address
	always @(posedge WADRCLK) begin
		WAFF <= WA ;
	end
// spyglass enable_block W18


// Force the MSB's to 0 in the SCRE mode. This makes sure that we will always read in from valid addresses for resetting the output latches.
	wire [7:0] RADRSWI = RADR[7:0];
// Select the read address when CLK=1 and write addresses when CLK=0
	wire [7:0] ADR = {8{RWSEL}} & WAFF | ~{8{RWSEL}} & RADRSWI;

	wire [7:0] fusePDEC2;
	wire [7:0] fusePDEC1;
	wire [7:0] fusePDEC0;
    wire fuseien;
// Non repairable rams
    assign fusePDEC2 = {8{1'b0}};
    assign fusePDEC1 = {8{1'b0}};
    assign fusePDEC0 = {8{1'b0}};
    assign fuseien = 0;

//io part
	wire [64:0] WDQ;
	wire [64:0] WDBQ;
	wire [64:0] WMNexp;
	wire [64:0] WMNQ;

// Expand the fuse predec to 512 bits . It follows the 8x8x8 repeat pattern
// We will use only the ones needed for this particular ram configuration and ignore the rest
	wire [511:0] PDEC2 = {{64{fusePDEC2[7]}}, {64{fusePDEC2[6]}}, {64{fusePDEC2[5]}}, {64{fusePDEC2[4]}}, {64{fusePDEC2[3]}}, {64{fusePDEC2[2]}}, {64{fusePDEC2[1]}}, {64{fusePDEC2[0]}}};
	wire [511:0] PDEC1 = {8{{8{fusePDEC1[7]}}, {8{fusePDEC1[6]}}, {8{fusePDEC1[5]}}, {8{fusePDEC1[4]}}, {8{fusePDEC1[3]}}, {8{fusePDEC1[2]}}, {8{fusePDEC1[1]}}, {8{fusePDEC1[0]}}}};
	wire [511:0] PDEC0 = {64{fusePDEC0[7:0]}};
	wire [64:0] BADBIT, SHFT;

// SHIFT<*> == 1 --> No repair at that bit , 0 --> repair at that bit .
// SHIFT<X> == not(and Pdec*<X>) & SHIFT<X-1>
    assign BADBIT = {65{1'b0}};
    assign SHFT   = {65{1'b1}};

    reg [64:0] WDQ_pr;
    wire [64:0] WDBQ_pr;

    assign WMNexp = {65{1'b1}};

    always @(posedge WRDCLK) begin
// Flop write data
		WDQ_pr[64:0]    <= WD & WMNexp;
	end

    assign WDBQ_pr = ~WDQ_pr;

    assign WMNQ = (WDQ | WDBQ);
	assign WDQ  = WDQ_pr;
	assign WDBQ = WDBQ_pr;

    reg [64:0] dout;
	wire [64:0] RD;
	wire RD_rdnt;

	wire [64:0] sel_normal, sel_redun;

// Read bypass is not used for non custom ram
	wire [64:0] RDBYPASS = {65{1'b0}};


// Read bypass will override redunancy mux .
	assign sel_redun  = ~SHFT & ~RDBYPASS;
	assign sel_normal =  SHFT & ~RDBYPASS;

// Non pipelined Read out. This is a 2 to 1 mux with bypass taking priority
	assign RD = sel_normal & dout | RDBYPASS & WDQ_pr;


// FOR SIMULATION ONLY. REMOVE WHEN ASSERTIONS ARE AVAILABLE!
// The following section figures out the unused address space and forces a X out on the reads/prevents writes
// #unusedbits 0 #lowcmidx 1 #cmstep 1 #cm 2 #maxaddr 256
    wire legal, tiedvalid, empadd;
    assign tiedvalid = 1'b1;

// Max address is 160 --> ['1', '0', '0', '1', '1', '1', '1', '1']
// If the address falls within the space covered by valid address bits , but is > NE , then assign 1 to empadd to indicate it is an invalid address
    assign empadd = ADR[7] & ADR[6] |
                    ADR[7] & ADR[5];
// It is a legal input address if it does not fall in the empty space.
    assign legal = tiedvalid & ~empadd ;
    
    wire [64:0] force_x;
`ifndef SYNTHESIS
    assign force_x = {65{1'bx}};
`else 
    assign force_x = {65{1'b0}};
`endif 

// Generate the read and write clocks for the various CM banks
    wire RdClk0,RdClk1;
    wire WrClk0,WrClk1;
    
    assign RdClk0 = RECLK & ~RADRSWI[0];
    assign RdClk1 = RECLK & RADRSWI[0];
    
    assign WrClk0 = WECLK & ~WAFF[0] & legal;
    assign WrClk1 = WECLK & WAFF[0] & legal;
    
    wire [64:0] rmuxd0, rmuxd1;
    wire [64:0] dout0, dout1;

// Mux the way reads onto the final read busa
// Output X's if the address is invalid
//    assign rmuxd0 = legal ? {65{RdClk0}} & ~dout0 : force_x;
//    assign rmuxd1 = legal ? {65{RdClk1}} & ~dout1 : force_x;
    assign rmuxd0 = {65{RdClk0}} & ~dout0 ;
    assign rmuxd1 = {65{RdClk1}} & ~dout1 ;
    always @(RECLK or rmuxd0 or rmuxd1)
    begin
        if (RECLK)
	    begin
            dout[64:0] <= (rmuxd0[64:0] | rmuxd1[64:0]); // spyglass disable W18 
        end
    end
// Instantiate the memory banks. One for each CM .
    RAMPDP_160X65_GL_M2_D2_ram # (80, 65, 7) iow0 (
		WAFF[7:1],
		WrClk0,
        WMNQ,
		WDQ,
		RADRSWI[7:1],
		dout0
	);

    RAMPDP_160X65_GL_M2_D2_ram # (80, 65, 7) iow1 (
		WAFF[7:1],
		WrClk1,
        WMNQ,
		WDQ,
		RADRSWI[7:1],
		dout1
	);

 
`ifndef SYNTHESIS 
// Tasks for initializing the arrays
// Ramgen function for writing the arrays 
//VCS coverage off    
task mem_write_bank;
  input [7:0] addr;
  input [64:0] data;
  reg   [64:0] wdat;
  begin
    wdat = data;
    if (addr[0] == 1'b0) 
        iow0.mem_wr_raw_subbank(addr[7:1], wdat);
    else if (addr[0] == 1'b1)
        iow1.mem_wr_raw_subbank(addr[7:1], wdat);
  end
endtask

// Ramgen function for reading the arrays 
function [64:0] mem_read_bank;
input [7:0] addr;
reg [64:0] memout;
  begin
    if (addr[0] == 1'b0) 
        memout = iow0.mem_read_raw_subbank(addr[7:1]);
    else if (addr[0] == 1'b1)
        memout = iow1.mem_read_raw_subbank(addr[7:1]);
    mem_read_bank = memout;
  end
endfunction
//VCS coverage on    

`endif  //SYNTHESIS

endmodule
`endif // end EMULATION
`endif // end RAM_INTERFACE 

`ifndef RAM_INTERFACE
`ifndef EMULATION
module RAMPDP_160X65_GL_M2_D2_ram (
   wadr,
   wrclk,
   wrmaskn,
   wrdata,
   radr,
   rout_B
);

// default parameters
parameter  words =  80;
parameter  bits  =  65;
parameter  addrs =  7;

// Write address
input  [addrs-1:0] wadr;
// Write clock
input  wrclk;
// Write data
input  [bits-1:0] wrdata;
// Write Mask
input  [bits-1:0] wrmaskn;

// Read address
input  [addrs-1:0] radr;
// Read out
wire   [bits-1:0]  rdarr;
output [bits-1:0] rout_B;


// Memory . words X bits
reg    [bits-1:0]  arr[0:words-1];

`ifdef SIM_and_FAULT
// regs for inducing faults
reg [bits-1:0] fault_no_write; // block writes to this column
reg [bits-1:0] fault_stuck_0;  // column always reads as 0
reg [bits-1:0] fault_stuck_1;  // column always reads as 1
reg [bits-1:0] bit_fault_stuck_0[0:words-1];  // column always reads as 0
reg [bits-1:0] bit_fault_stuck_1[0:words-1];  // column always reads as 1

initial begin : init_bit_fault_stuck
    integer i;
    integer j;
    fault_no_write = {bits{1'b0}};
    fault_stuck_0  = {bits{1'b0}};
    fault_stuck_1  = {bits{1'b0}};
    for ( i =0; i <=words; i=i+1) begin
        bit_fault_stuck_0[i] = {bits{1'b0}};
        bit_fault_stuck_1[i] = {bits{1'b0}};
    end
end
`endif // FAULT

`ifdef SIM_and_MONITOR
//VCS coverage off    
// monitor variables
reg monitor_on;
reg [words-1:0] word_written;
reg [words-1:0] word_read;
reg [bits-1:0] bit_written[0:words-1];
reg [bits-1:0] bit_read[0:words-1];

initial begin : init_monitor
  integer i;
  monitor_on = 1'b0; 
  for(i=0;i<= words-1;i=i+1) begin
      word_written[i] = 1'b0;
      word_read[i] = 1'b0;
      bit_written[i] = {bits{1'bx}};
      bit_read[i] = {bits{1'bx}};
  end
end  
`endif // MONITOR
//VCS coverage on    

// Bit write enable
// Write only when mask=1. Else hold the data.
`ifdef SIM_and_FAULT
// Include fault registers
wire [bits-1:0] bwe = wrmaskn & ~fault_no_write;
`else //SIM_and_FAULT
wire [bits-1:0] bwe = wrmaskn ;
`endif //SIM_and_FAULT
wire [bits-1:0] bitclk = {bits{wrclk}} & bwe ;

integer i;
`ifdef SIM_and_FAULT
always @(bitclk or wadr or wrdata)
`else 
always @(wrclk or wadr or wrdata)
`endif 
begin
`ifdef SIM_and_FAULT
    for (i=0 ; i<bits ; i=i+1) 
    begin
        if (bitclk[i])
            arr[wadr][i] <= wrdata[i]; // spyglass disable SYNTH_5130,W18
    end
`else 
    if (wrclk) 
        arr[wadr] <= wrdata; // spyglass disable SYNTH_5130,W18
`endif
`ifdef SIM_and_MONITOR
//VCS coverage off    
    for (i=0 ; i<bits ; i=i+1) 
    begin
`ifdef SIM_and_FAULT
        if (bitclk[i]) 
`else 
        if (wrclk)
`endif // FAULT
        begin
            // Check which bits are being written. Also track the values as per table below.
            // 1'bx = not accessed
            // 1'b0 = accessed as a 0
            // 1'b1 = accessed as a 1
            // 1'bz = accessed as both 0 and 1 
            if (monitor_on) begin 
				case (bit_written[wadr][i]) // spyglass disable SYNTH_5130,W18
					1'bx: bit_written[wadr][i] = wrdata[i];
					1'b0: bit_written[wadr][i] = wrdata[i] == 1 ? 1'bz : 1'b0;
					1'b1: bit_written[wadr][i] = wrdata[i] == 0 ? 1'bz : 1'b1;
					1'bz: bit_written[wadr][i] = 1'bz;
				endcase
            end
        end // if
    end //for
    if (monitor_on) begin 
    // Word is considered written if any of the bits are written
`ifdef SIM_and_FAULT
        word_written[wadr] <= |(bitclk) | word_written[wadr]; // spyglass disable SYNTH_5130,W18
`else 
        word_written[wadr] <= wrclk | word_written[wadr]; // spyglass disable SYNTH_5130,W18
`endif // FAULT
    end
`endif // MONITOR
//VCS coverage on    
end

`ifdef SIM_and_FAULT
// Include fault registers
wire [bits-1:0] bre = ~(bit_fault_stuck_1[radr] | bit_fault_stuck_0[radr]); // spyglass disable SYNTH_5130
`else //SIM_and_FAULT
wire [bits-1:0] bre = {bits{1'b1}};
`endif //SIM_and_FAULT

// Read the unlatched data out.
`ifdef SIM_and_FAULT
assign rdarr = (~arr[radr] | bit_fault_stuck_0[radr]) & ~bit_fault_stuck_1[radr]; // spyglass disable SYNTH_5130
`else 
assign rdarr = ~arr[radr]; // spyglass disable SYNTH_5130
`endif 

`ifdef SIM_and_MONITOR
//VCS coverage off    
always @radr begin
    // Check if a bit in the word can be read.
    // 1'bx = not accessed
    // 1'b0 = accessed as a 0
    // 1'b1 = accessed as a 1
    // 1'bz = accessed as both 0 and 1 
    if (monitor_on) begin
        for (i=0; i<bits; i=i+1) begin
	        if (bre[i]) begin
	            case (bit_read[radr][i])
				    1'bx: bit_read[radr][i] = rdarr[i];
					1'b0: bit_read[radr][i] = rdarr[i] == 1 ? 1'bz : 1'b0;
					1'b1: bit_read[radr][i] = rdarr[i] == 0 ? 1'bz : 1'b1;
					1'bz: bit_read[radr][i] = 1'bz;
		        endcase
	        end
	    end
    end 
    // Word is marked read only if any of the bits are read.
    word_read[radr] = |(bre);
end
//VCS coverage on    
`endif // MONITOR

`ifndef SYNTHESIS 
assign #0.1 rout_B = rdarr;
`else 
assign  rout_B = rdarr;
`endif

`ifndef SYNTHESIS
// Task for initializing the arrays

//VCS coverage off    
task mem_wr_raw_subbank;
  input [addrs-1:0] addr;
  input [64:0] data;
  begin
    arr[addr] = data;
  end
endtask

// function for array read
function [64:0] mem_read_raw_subbank;
input [addrs-1:0] addr;
	mem_read_raw_subbank = arr[addr];
endfunction

`ifdef FAULT_INJECTION
// BIST Tasks for inducing faults
// induce faults on columns
task mem_fault_no_write_subbank;
  input [bits-1:0] fault_mask;
   begin
    fault_no_write = fault_mask;
  end
endtask

// Stuck at 0 for entire memory
task mem_fault_stuck_0_subbank;
  input [bits-1:0] fault_mask;
  integer i;
   begin
    for ( i=0; i<words; i=i+1 ) begin
      bit_fault_stuck_0[i] = fault_mask;
    end
  end
endtask

// Stuck at 1 for entire memory
task mem_fault_stuck_1_subbank;
  input [bits-1:0] fault_mask;
  integer i;
   begin
    for ( i=0; i<words; i=i+1 ) begin
      bit_fault_stuck_1[i] = fault_mask;
    end
  end
endtask

// Stuck at 0 for specific bit
task set_bit_fault_stuck_0_subbank;
  input r;
  input c;
  integer r;
  integer c;
  bit_fault_stuck_0[r][c] = 1;
endtask

// Stuck at 1 for specific bit
task set_bit_fault_stuck_1_subbank;
  input r;
  input c;
  integer r;
  integer c;
  bit_fault_stuck_1[r][c] = 1;
endtask

// Clear stuck 0 at bit
task clear_bit_fault_stuck_0_subbank;
  input r;
  input c;
  integer r;
  integer c;
  bit_fault_stuck_0[r][c] = 0;
endtask

// Clear stuck 1 at bit
task clear_bit_fault_stuck_1_subbank;
  input r;
  input c;
  integer r;
  integer c;
  bit_fault_stuck_1[r][c] = 0;
endtask
//VCS coverage on    
`endif //STUCK
`endif //SYNTHESIS

endmodule
`endif // end EMULATION
`endif // end RAM_INTERFACE